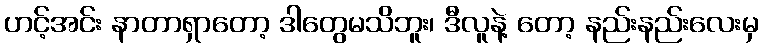
ဟင့်အင်း နာတာရှာတော့ ဒါတွေမသိဘူး၊ ဒီလူနဲ့ တော့ နည်းနည်းလေးမှ